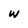
Character: w